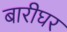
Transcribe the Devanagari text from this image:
बारीघर